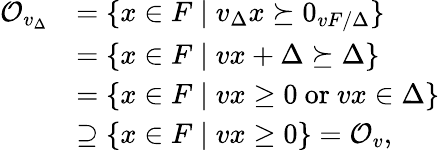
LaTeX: \begin{array}{rl}{\mathcal{O}_{v_{\Delta}}}&{=\{ x\in F\mid v_{\Delta}x\succeq 0_{vF/\Delta}\} }\\ &{=\{ x\in F\mid vx+\Delta\succeq\Delta\} }\\ &{=\{ x\in F\mid vx\geq 0\mathrm{~or~}vx\in\Delta\} }\\ &{\supseteq\{ x\in F\mid vx\geq 0\} =\mathcal{O}_{v},}\end{array}